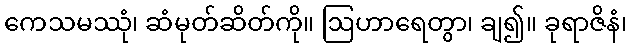
ကေသမဿုံ၊ ဆံမုတ်ဆိတ်ကို။ ဩဟာရေတွာ၊ ချ၍။ ခုရာဇိနံ၊